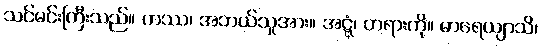
သင်မင်းကြီးသည်။ ကဿ၊ အဘယ်သူအား။ အဋ္ဋံ၊ တရားကို။ ဓာရေယျာသိ၊